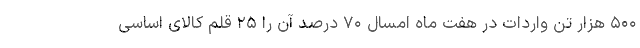
۵۰۰ هزار تن واردات در هفت ماه امسال ۷۰ درصد آن را ۲۵ قلم کالای اساسی